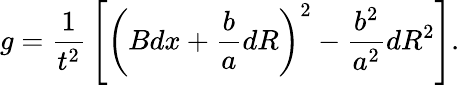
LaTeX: g={\frac{1}{t^{2}}}\left[\left(Bdx+{\frac{b}{a}}dR\right)^{2}-{\frac{b^{2}}{a^{2}}}dR^{2}\right].